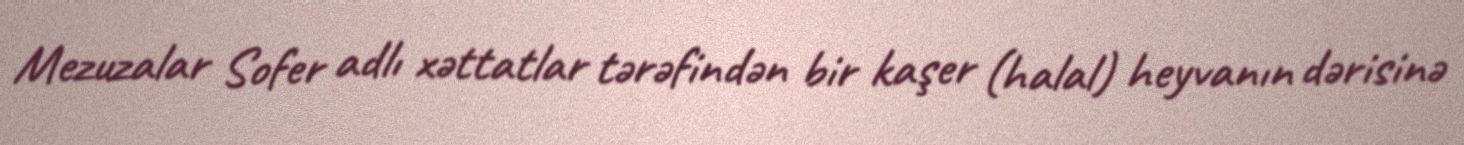
Mezuzalar Sofer adlı xəttatlar tərəfindən bir kaşer (halal) heyvanın dərisinə